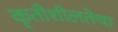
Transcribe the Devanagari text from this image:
कृतीशीलतेचा